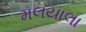
મલયાલા